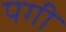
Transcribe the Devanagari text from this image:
पगी